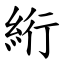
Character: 絎